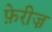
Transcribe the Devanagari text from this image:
फ़ेरीज़